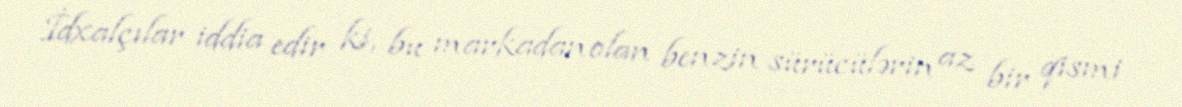
İdxalçılar iddia edir ki, bu markadan olan benzin sürücülərin az bir qismi